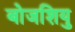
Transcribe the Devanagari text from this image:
बोजशियु